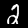
Label: 2